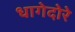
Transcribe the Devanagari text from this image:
धागेदोरे